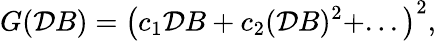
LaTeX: G(\mathcal{D}B)=\left(c_{1}\mathcal{D}B+c_{2}(\mathcal{D}B)^{2}+...\right)^{2},